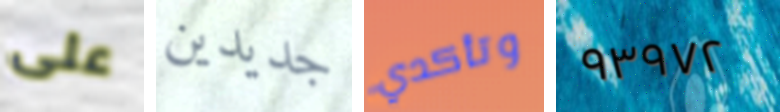
على جديدين وتأكدي ٩٣٩٧٢